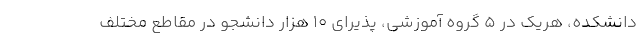
دانشكده، هریك در 5 گروه آموزشی، پذیرای 10 هزار دانشجو در مقاطع مختلف